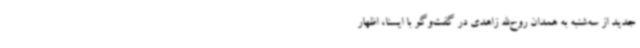
جدید از سه‌شنبه به همدان روح‌الله زاهدی در گفت‌وگو با ایسنا، اظهار